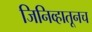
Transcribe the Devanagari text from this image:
जिनिव्हातूनच